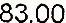
83.00